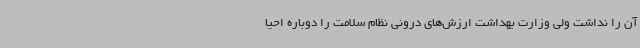
آن را نداشت ولی وزارت بهداشت ارزش‌های درونی نظام سلامت را دوباره احیا